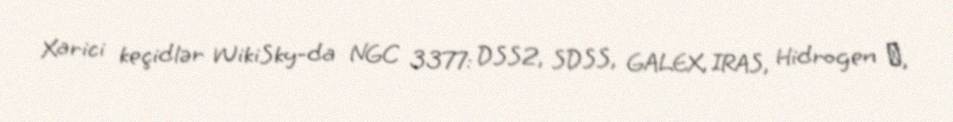
Xarici keçidlər WikiSky-da NGC 3377: DSS2, SDSS, GALEX, IRAS, Hidrogen α,